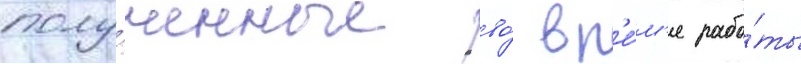
полу́ченные во́ вр'е́м'я рабо́ты